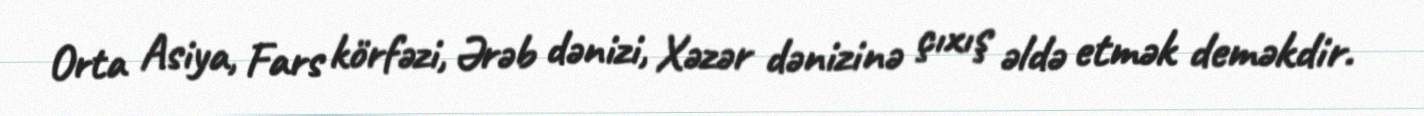
Orta Asiya, Fars körfəzi, Ərəb dənizi, Xəzər dənizinə çıxış əldə etmək deməkdir.